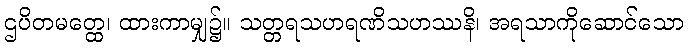
ဌပိတမတ္ထေ၊ ထားကာမျှ၌။ သတ္တရသဟရဏိသဟဿနိ၊ အရသာကိုဆောင်သော